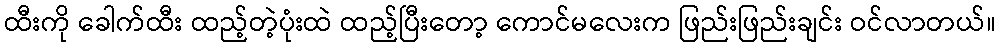
ထီးကို ခေါက်ထီး ထည့်တဲ့ပုံးထဲ ထည့်ပြီးတော့ ကောင်မလေးက ဖြည်းဖြည်းချင်း ဝင်လာတယ်။